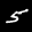
Label: 5